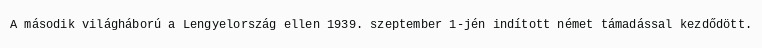
A második világháború a Lengyelország ellen 1939. szeptember 1-jén indított német támadással kezdődött.